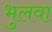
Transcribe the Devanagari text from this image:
भुलवा